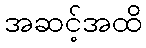
အဆင့်အထိ